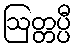
ဩတ္တပ္ပီ